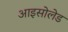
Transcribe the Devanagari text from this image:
आइसोलेड